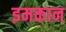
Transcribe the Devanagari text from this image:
इमकान